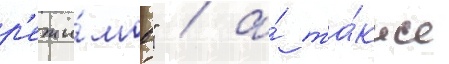
р'ежи́мов" / а́ та́кже